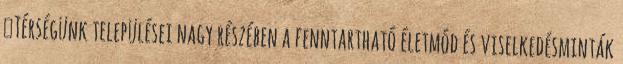
▪Térségünk települései nagy részében a fenntartható életmód és viselkedésminták